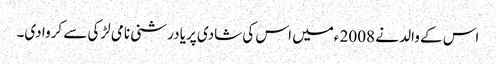
اس کے والد نے 2008 ءمیں اس کی شادی پریا درشنی نامی لڑکی سے کروا دی۔